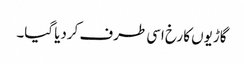
گاڑیوں کا رخ اسی طرف کردیا گیا۔